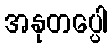
အနုတပ္ပေါ